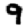
Digit: 9